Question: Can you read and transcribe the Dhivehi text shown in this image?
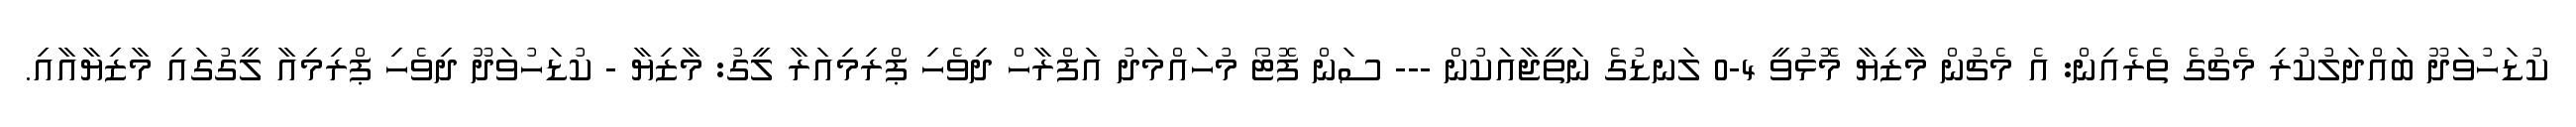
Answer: ކުޑަހުވަދޫ ބައްދަލުކުރި މެޗުގެ ތެރެއިން: އެ މެޗުން މާޒިޔާ މޮޅުވީ 4-0 ލަނޑުގެ ނަތީޖާއަކުން --- ސަން ފޮޓޯ މުހައްމަދު އަފްރާހް ދިވެހި ޕްރިމިއަރާ ލީގު: މާޒިޔާ - ކުޑަހުވަދޫ ދިވެހި ޕްރިމިއާ ލީގުގައި މާޒިޔާއާއި.